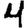
Digit: 4